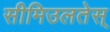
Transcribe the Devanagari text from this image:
सीमिउलतेस्